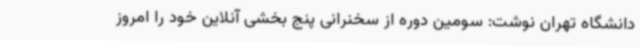
دانشگاه تهران نوشت: سومین دوره از سخنرانی پنج بخشی آنلاین خود را امروز